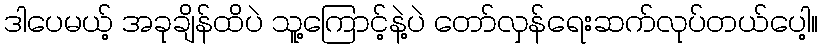
ဒါပေမယ့် အခုချိန်ထိပဲ သူ့ကြောင့်နဲ့ပဲ တော်လှန်ရေးဆက်လုပ်တယ်ပေါ့။